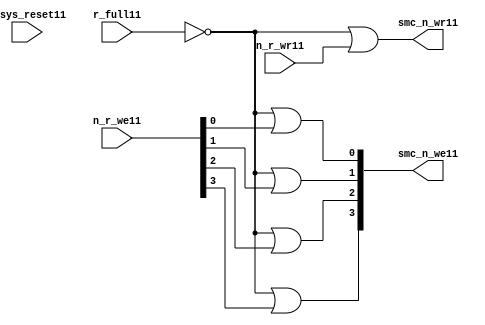
//File11 name   : smc_wr_enable_lite11.v
//Title11       : 
//Created11     : 1999
//Description11 : 
//Notes11       : 
//----------------------------------------------------------------------
//   Copyright11 1999-2010 Cadence11 Design11 Systems11, Inc11.
//   All Rights11 Reserved11 Worldwide11
//
//   Licensed11 under the Apache11 License11, Version11 2.0 (the
//   "License11"); you may not use this file except11 in
//   compliance11 with the License11.  You may obtain11 a copy of
//   the License11 at
//
//       http11://www11.apache11.org11/licenses11/LICENSE11-2.0
//
//   Unless11 required11 by applicable11 law11 or agreed11 to in
//   writing, software11 distributed11 under the License11 is
//   distributed11 on an "AS11 IS11" BASIS11, WITHOUT11 WARRANTIES11 OR11
//   CONDITIONS11 OF11 ANY11 KIND11, either11 express11 or implied11.  See
//   the License11 for the specific11 language11 governing11
//   permissions11 and limitations11 under the License11.
//----------------------------------------------------------------------


  module smc_wr_enable_lite11 (

                      //inputs11                      

                      n_sys_reset11,
                      r_full11,
                      n_r_we11,
                      n_r_wr11,

                      //outputs11

                      smc_n_we11,
                      smc_n_wr11);

//I11/O11
   
   input             n_sys_reset11;   //system reset
   input             r_full11;    // Full cycle write strobe11
   input [3:0]       n_r_we11;    //write enable from smc_strobe11
   input             n_r_wr11;    //write strobe11 from smc_strobe11
   output [3:0]      smc_n_we11;  // write enable (active low11)
   output            smc_n_wr11;  // write strobe11 (active low11)
   
   
//output reg declaration11.
   
   reg [3:0]          smc_n_we11;
   reg                smc_n_wr11;

//----------------------------------------------------------------------
// negedge strobes11 with clock11.
//----------------------------------------------------------------------
      

//----------------------------------------------------------------------
      
//--------------------------------------------------------------------
// Gate11 Write strobes11 with clock11.
//--------------------------------------------------------------------

  always @(r_full11 or n_r_we11)
  
  begin
  
     smc_n_we11[0] = ((~r_full11  ) | n_r_we11[0] );

     smc_n_we11[1] = ((~r_full11  ) | n_r_we11[1] );

     smc_n_we11[2] = ((~r_full11  ) | n_r_we11[2] );

     smc_n_we11[3] = ((~r_full11  ) | n_r_we11[3] );

  
  end

//--------------------------------------------------------------------   
//write strobe11 generation11
//--------------------------------------------------------------------   

  always @(n_r_wr11 or r_full11 )
  
     begin
  
        smc_n_wr11 = ((~r_full11 ) | n_r_wr11 );
       
     end

endmodule // smc_wr_enable11